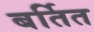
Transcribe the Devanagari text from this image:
बर्तित